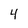
Character: 4